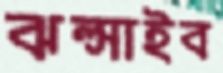
ঝল্‌সাইব